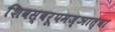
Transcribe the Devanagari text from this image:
शिवस्वरूपमज्ञात्वा